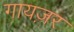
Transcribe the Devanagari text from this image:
गायज़र